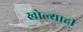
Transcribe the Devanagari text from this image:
खोल्याही